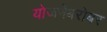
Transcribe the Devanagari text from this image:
योजनेबरोबर